Report on horse surra - Volume II, Part I
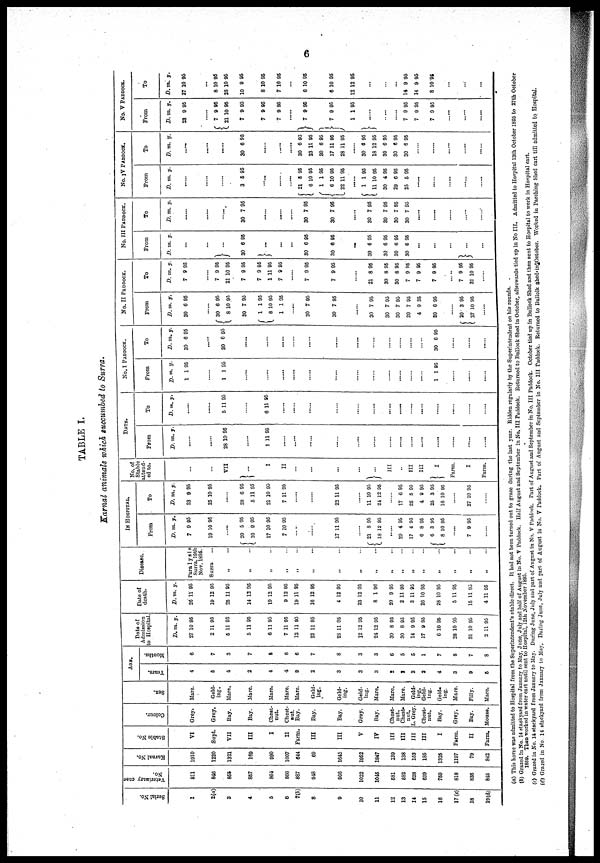
6
TABLE I.
Karnal animals which succumbed to Surra.
Serial No.
1
2(a)
3
4
5
6
7(b)
8
9
10
11
12
13
14
15
16
17(c)
18
19 (d)
Veterinary case
No.
811
846
855
857
864
866
887
948
966
1022
1045
581
582
628
639
759
818
838
845
Karnal No.
1910
1220
1321
169
990
1007
644
69
1645
1952
1847
139
138
153
185
1325
1197
79
842
Stable No.
VI
Supt.
VII
III
I
II
Farm.
III
III
V
IV
III
III
III
III
I
Farm.
II
Farm.
Colour.
Grey.
Grey.
Bay.
Bay.
Chest-
nut.
Chest¬
nut.
Bay.
Bay.
Bay.
Grey.
Bay.
Cheat¬
nut.
Chest¬
nut.
L. Grey.
Chest-
nut.
Bay.
Grey.
Bay.
Mouse.
Sex.
Mare.
Geld¬
ing.
Mare.
Mare.
Mare.
Mare.
Mare.
Geld¬
ing.
Geld-
ing.
Geld-
ing.
Mare.
Mare.
Mare.
Geld-
ing.
Geld-
ing.
Geld-
ing.
Mare.
Filly.
Mare.
AGE.
Years.
4
5
4
2
4
4
9
2
3
3
3
2
2
3
2
4
3
9
5
Months.
6
7
3
7
8
6
6
7
8
3
3
6
5
5
1
7
8
7
8
Date of
Admission
to Hospital.
D.
27
2
5
5
6
7
12
23
28
12
24
30
30
14
17
6
28
31
2
m.
10
11
11
11
11
11
11
11
11
12
12
8
8
9
9
10
10
10
11
y.
95
95
95
95
95
95
95
95
95
95
95
95
95
95
95
95
95
95
95
Date of
death.
D.
26
19
25
14
19
9
19
16
4
23
8
20
2
3
26
28
5
15
4
m.
11
12
11
12
12
12
11
12
12
12
1
9
11
11
10
10 11
11
11
y.
95
95
95
95
95
95
95
95
95
95
96
95
95
95
95
95
95
95
95
Disease.
Paralysis
Surra, 19th
Nov. 1895.
Surra ...
„ ....
„
„
„
„ ..
„ ..
„
„
„
„
„
„
„
„
„
„
IN HOSPITAL.
From
D.
7
10
20
{ 10
17
7
.....
17
....
21
{ 18
....
29
17
6
6
{ 8
....
7
....
m.
9
10
.....
5
9
10
10
11
8
12
4
4
8
3
10
9
y.
95
95
95
95
95
95
95
95
95
95
95
95
95
95
95
To
D
23
25
...
28
5
21
7
.....
....
22
....
11
24
17
25
4
25
16
....
27
....
. m
9
10
6
11
10
11
11
10
12
6
5
9
3
10
10
. y.
95
95
95
95
95
95
95
95
95
95
95
95
95 }
95
95
No. of
Stable
attend-
ed to.
...
...
VII
}. . .
I
II
....
....
...
....
}...
III
III
III
I
Farm.
I
Farm.
DATE.
From
D.
...
28
....
1
...
.....
....
....
...
....
....
.....
.....
....
m.
10
...
11
....
.....
..
....
y.
95
95
To
D.
5
6
m.
....
11
....
11
....
....
....
....
....
....
....
....
....
....
....
....
....
....
y.
95
95
No. I PADDOCK.
From
D.
1
1
1
m.
1
.....
1
....
.....
.....
.....
.....
.....
....
....
....
.....
....
.....
1
y.
95
95
95
....
....
....
To
D.
30
30
30
m
6
6
....
....
....
.....
.....
.....
.....
.....
.....
....
......
......
6
.....
....
....
y.
95
95
95
No. II PADDOCK.
From
D.
30
30
{ 8
30
1
{ 8
1
30
30
30
30
30
30
4
30
20
{ 27
m.
6
....
6
10
7
1
10
1
....
7
7
.....
7
7
7
7
9
6
3
10
.....
y.
95
95
95
95
95
95
95
95
95
95
95
95
95
35
95
95
95
To
D.
7
7
21
7
7
1
7
7
7
21
30
30
7
7
7
7
31
m.
9
.....
9
10
9
9
11
9
.....
9
9
8
8
8
9
9
9
9
10
y.
95
95
95
95
95
95
95
95
95
95
95
95
95
95
95
95
95
No. III PADDOCK.
From
D.
}
30
} ....
30
30
...
30
30
30
30
}
...
m.
...
...
...
6
...
...
...
6
6
6
6
6
6
....
...
...
...
...
y.
95
95
95
95
95
95
95
To
D.
30
30
30
30
30
30
30
m.
.....
....
7
......
......
7
7
....
7
7
7
7
.....
.....
.....
.....
.....
y.
95
95
95
95
95
95
95
No. IV PADDOCK.
From
D.
3
21
{ 6
{ 1
6
22
1
{ 11
30
29
25
m.
.....
....
....
5
......
....
....
5
10
1
10
11
.....
1
10
4
6
5
.....
.....
.....
.....
.....
y.
95
95
95
95
95
95
95
95
95
95
95
To
D.
30
30
23
30
17
28
30
18
30
30
30
m.
.....
....
....
6
.....
.....
.....
6
11
6
11
11
.....
6
12
6
6
6
.....
.....
.....
.....
.....
y.
95
95
95
95
95
95
95
95
95
95
95
No. V PADDOCK.
From
D.
23
{ 7
21
7
7
7
} 7
} 7
1
}.....
.....
7
7
7
m.
9
.....
9
10
9
9
9
.....
9
9
1
.....
.....
.....
9
9
9
.....
.....
.....
y.
95
95
95
95
95
95
95
95
95
95
95
95
To
D.
27
8
28
10
8
7
6
6
12
14
14
8
m.
10
...
10
10
9
10
10
10
10
12
...
....
....
9
9
10
....
....
....
y.
95
95
95
95
95
95
95
95
95
95
95
95
(a) This horse was admitted to Hospital from the Superintendent's stable direct. It had not been turned out to graze during the last year. Ridden regularly by the Superintendent on his rounds.
(6) Grazed in No. 14 stackyard from January to May, June, July and half of August in No. V Paddock. Half August and September in No. III Paddock. Returned to Bullock Shed in October, afterwards tied up in No III. Admitted to Hospital 13th October 1895 to 27th October
1859. Then worked in water cart until sent to Hospital, 12th November 1895.
(c) Grazed in No. 14 stackyard from January to May. During June, July and part of August in No. V Paddock. Part of August and September in No. III Paddock. October tied up in Bullock Shed and then sent to Hospital to work in Hospital cart.
(d) Grazed in No. 14 stackyard from January to May, During June, July and part of August in No. V Paddock. Part of August and September in No. III Paddock. Returned to Bullolk shed-in October. Worked in Parching Shed cart till admitted to. Hospital.